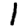
Digit: 1